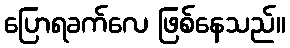
ပြောရခက်လေ ဖြစ်နေသည်။